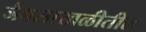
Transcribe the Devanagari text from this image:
जैवसाखळीतील